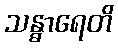
သန္ဓာရေတိ